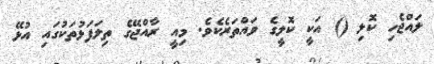
ލައްޖެހި ކޮލި () އަކީ ކޮލީގެ ވައްތަރެކެވެ. މިއީ ރާއްޖޭގެ ތިލަފަޅުތަކުގައި އުޅޭ